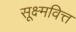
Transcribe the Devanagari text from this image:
सूक्ष्मवित्त